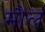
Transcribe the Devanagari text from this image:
मौलं